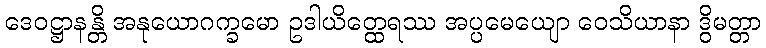
ဒေဝဋ္ဌာနန္တိ အနုယောဂက္ခမော ဥဒါယိတ္ထေရဿ အပ္ပမေယျော ဝေသိယာနာ ဒွိမတ္တာ